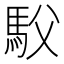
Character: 䭸